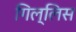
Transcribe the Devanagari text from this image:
गिल्लिस